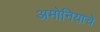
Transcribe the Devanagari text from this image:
अमोनियाचे